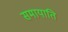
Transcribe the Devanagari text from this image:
समायाति